Lunatic asylums in Bengal annual reports 1912-1924 - 1912-1924
Year: 1912
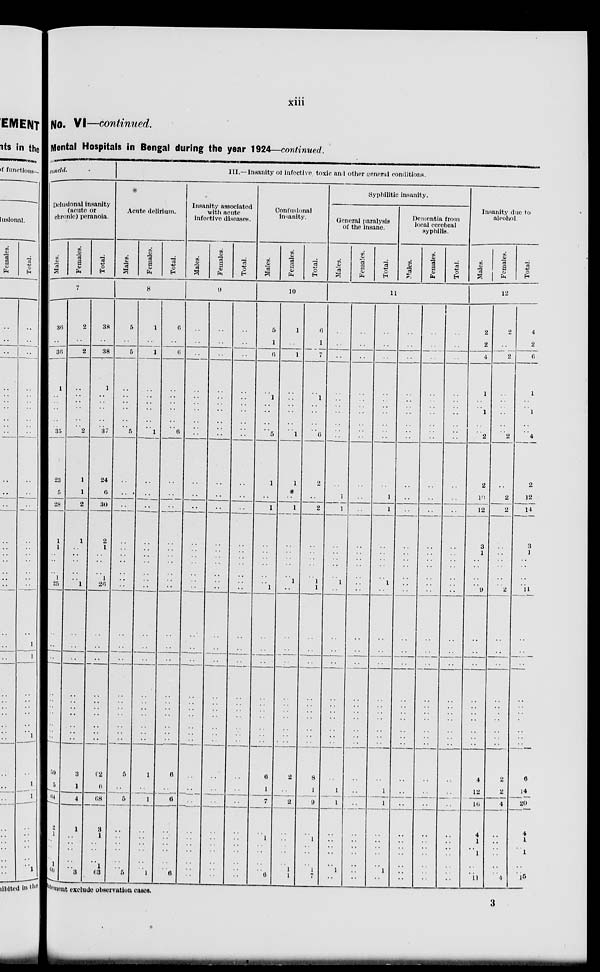
xiii
No. VI—continued.
Mental Hospitals in Bengal during the year 1924—continued.
concld.
Delusional insanity
(acute or
chronic) peranoia.
Males.
Females.
Total.
7
36
..
36
1
..
..
..
..
..
35
23
5
28
1
1
..
..
..
1
25
..
..
..
..
..
..
..
..
..
..
59
5
64
2
1
..
..
..
1
10
2
..
2
..
..
..
..
..
..
2
1
1
2
1
..
..
..
..
..
1
..
..
..
..
..
..
..
..
..
..
3
1
4
1
..
..
..
..
..
3
38
..
38
1
..
..
..
..
..
37
24
6
30
2
1
..
..
..
1
26
..
..
..
..
..
..
..
..
..
..
62
6
68
3
1
..
..
..
1
13
III.—Insanity of infective, toxic and other general conditions.
Acute delirium.
Males.
Females.
Total.
8
5
..
5
..
..
..
..
..
..
5
..
..
..
..
..
..
..
..
..
..
..
..
..
..
..
..
..
..
..
..
5
..
5
..
..
..
..
..
..
5
1
..
1
..
..
..
..
..
..
1
..
..
..
..
..
..
..
..
..
..
..
..
..
..
..
..
..
..
..
..
1
..
1
..
..
..
..
..
..
1
6
..
6
..
..
..
..
..
..
6
..
..
..
..
..
..
..
..
..
..
..
..
..
..
..
..
..
..
..
..
6
..
6
..
..
..
..
..
..
6
Insanity associated
with acute
infective diseases.
Males.
Females.
Total.
9
..
..
..
..
..
..
..
..
..
..
..
..
..
..
..
..
..
..
..
..
..
..
..
..
..
..
..
..
..
..
..
..
..
..
..
..
..
..
..
..
..
..
..
..
..
..
..
..
..
..
..
..
..
..
..
..
..
..
..
..
..
..
..
..
..
..
..
..
..
..
..
..
..
..
..
..
..
..
..
..
..
..
..
..
..
..
..
..
..
..
..
..
..
..
..
..
..
..
..
..
..
..
..
..
..
..
..
..
..
..
..
..
..
..
..
..
..
..
..
..
Confusional
insanity.
Males.
Females.
Total.
10
5
1
6
..
1
..
..
..
..
5
1
..
1
..
..
..
..
..
..
1
..
..
..
..
..
..
..
..
..
..
6
1
7
..
1
..
..
..
..
6
1
..
1
..
..
..
..
..
..
1
1
..
1
..
..
..
..
..
1
..
..
..
..
..
..
..
..
..
..
..
2
..
2
..
..
..
..
..
1
1
6
1
7
..
1
..
..
..
..
6
2
..
2
..
..
..
..
..
1
1
..
..
..
..
..
..
..
..
..
..
8
1
9
..
1
..
..
..
1
7
Syphilitic insanity.
General paralysis
of the insane.
Males.
Females.
Total.
Dementia from
local cerebral
syphilis.
Males.
Females.
Total.
11
..
..
..
..
..
..
..
..
..
..
..
1
1
..
..
..
..
..
1
..
..
..
..
..
..
..
..
..
..
..
..
1
1
..
..
..
..
..
1
..
..
..
..
..
..
..
..
..
..
..
..
..
..
..
..
..
..
..
..
..
..
..
..
..
..
..
..
..
..
..
..
..
..
..
..
..
..
..
..
..
..
..
..
..
..
..
..
..
..
..
..
1
1
..
..
..
..
..
1
..
..
..
..
..
..
..
..
..
..
..
..
1
1
..
..
..
..
..
1
..
..
..
..
..
..
..
..
..
..
..
..
..
..
..
..
..
..
..
..
..
..
..
..
..
..
..
..
..
..
..
..
..
..
..
..
..
..
..
..
..
..
..
..
..
..
..
..
..
..
..
..
..
..
..
..
..
..
..
..
..
..
..
..
..
..
..
..
..
..
..
..
..
..
..
..
..
..
..
..
..
..
..
..
..
..
..
..
..
..
..
..
..
..
..
..
..
..
..
..
..
..
..
..
..
..
..
..
..
..
..
..
..
..
..
..
..
..
..
..
..
Insanity due to
alcohol.
Males.
Females.
Total.
12
2
2
4
1
..
..
1
..
..
2
2
10
12
3
1
..
..
..
..
9
..
..
..
..
..
..
..
..
..
..
4
12
16
4
1
..
1
..
..
11
2
..
2
..
..
..
..
..
..
2
..
2
2
..
..
..
..
..
..
2
..
..
..
..
..
..
..
..
..
..
2
2
4
..
..
..
..
..
..
4
4
2
6
1
..
..
1
..
..
4
2
12
14
3
1
..
..
..
..
11
..
..
..
..
..
..
..
..
..
..
6
14
20
4
1
..
1
..
..
15
statement exclude observation cases.
3